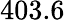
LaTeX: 403.6